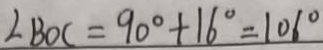
\angle B O C = 9 0 ^ { \circ } + 1 6 ^ { \circ } = 1 0 6 ^ { \circ }